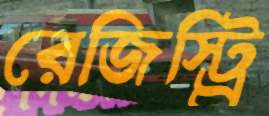
রেজিস্ট্র্রি